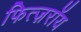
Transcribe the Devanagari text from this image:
फित्ज़रॉय